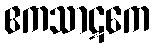
ဧကသာဋကေ